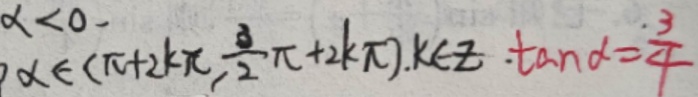
x \in ( \pi + 2 k \pi , \frac { 3 } { 2 } \pi + 2 k \pi ) , k \in Z . \tan \alpha = \frac { 3 } { 4 }